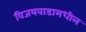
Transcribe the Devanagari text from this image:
विजयवाडामधील